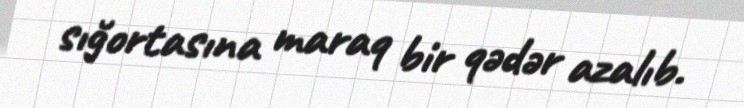
sığortasına maraq bir qədər azalıb.